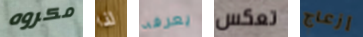
مكروه لذا يعرفه تعكس إزعاج